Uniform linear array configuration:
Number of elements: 8
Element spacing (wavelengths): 1
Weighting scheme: exponential
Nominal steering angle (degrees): -15
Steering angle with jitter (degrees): -14.738
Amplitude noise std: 0.05
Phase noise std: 0.05

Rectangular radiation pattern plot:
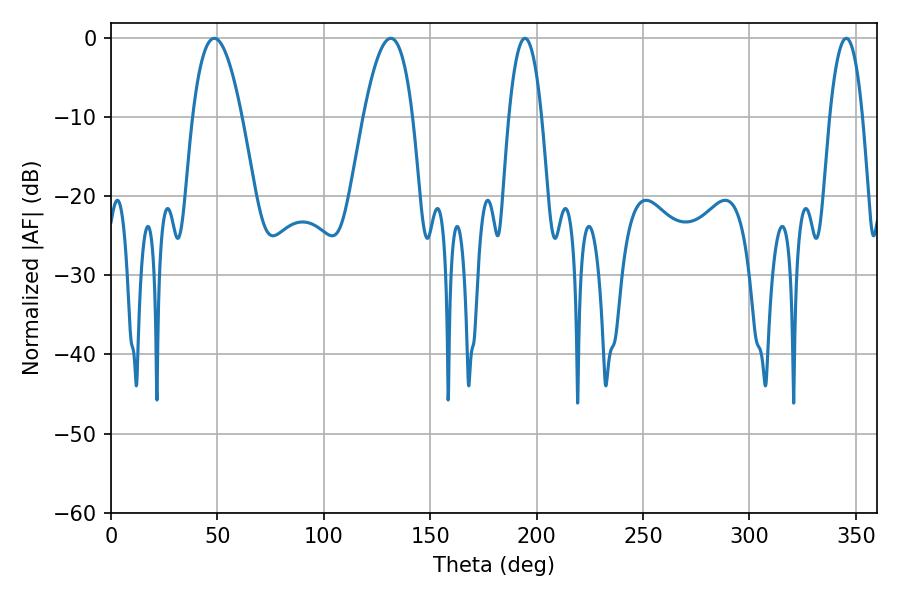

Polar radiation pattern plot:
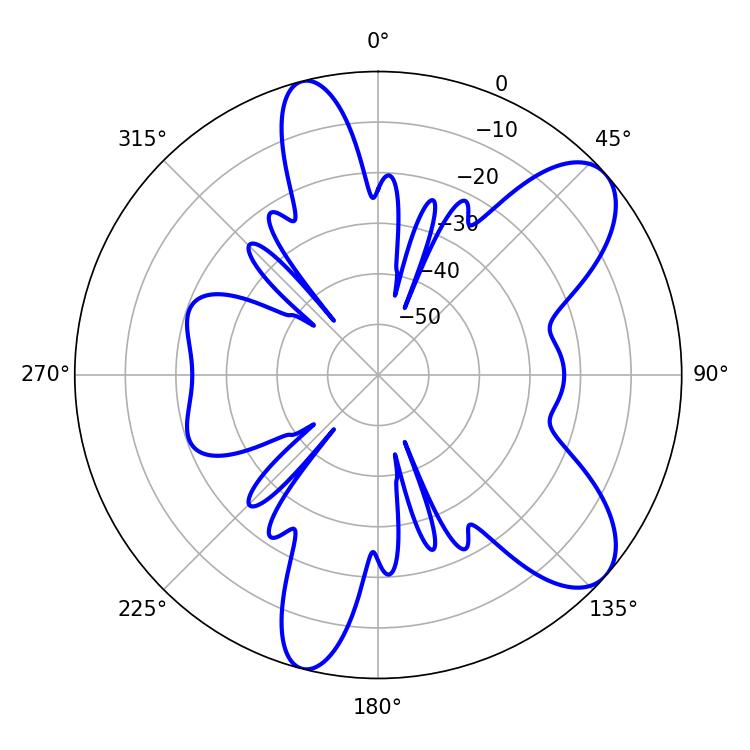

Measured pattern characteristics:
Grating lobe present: TRUE
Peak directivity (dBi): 8.584
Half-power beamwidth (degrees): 12.6
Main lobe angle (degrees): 48.6